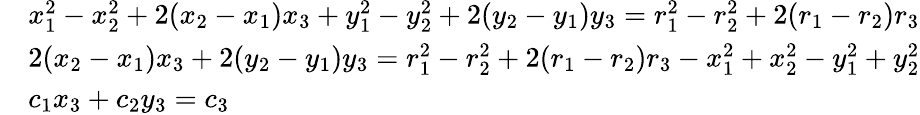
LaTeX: \begin{array}{rl}&{x_{1}^{2}-x_{2}^{2}+2(x_{2}-x_{1})x_{3}+y_{1}^{2}-y_{2}^{2}+2(y_{2}-y_{1})y_{3}=r_{1}^{2}-r_{2}^{2}+2(r_{1}-r_{2})r_{3}}\\ &{2(x_{2}-x_{1})x_{3}+2(y_{2}-y_{1})y_{3}=r_{1}^{2}-r_{2}^{2}+2(r_{1}-r_{2})r_{3}-x_{1}^{2}+x_{2}^{2}-y_{1}^{2}+y_{2}^{2}}\\ &{c_{1}x_{3}+c_{2}y_{3}=c_{3}}\end{array}